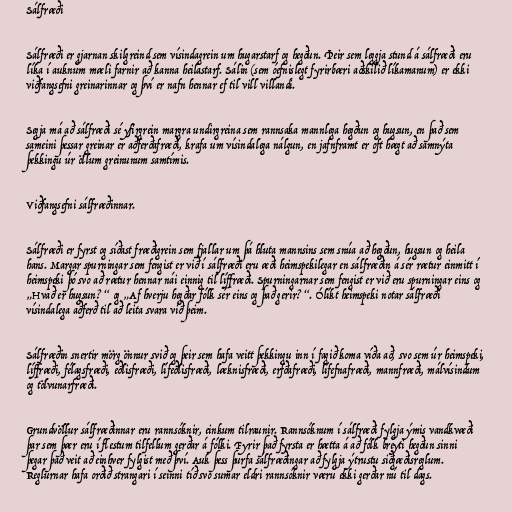
Sálfræði

Sálfræði er gjarnan skilgreind sem vísindagrein um hugarstarf og hegðun. Þeir sem leggja stund á sálfræði eru
líka í auknum mæli farnir að kanna heilastarf. Sálin (sem óefnislegt fyrirbæri aðskilið líkamanum) er ekki
viðfangsefni greinarinnar og því er nafn hennar ef til vill villandi.

Segja má að sálfræði sé yfirgrein margra undirgreina sem rannsaka mannlega hegðun og hugsun, en það sem
sameini þessar greinar er aðferðafræði, krafa um vísindalega nálgun, en jafnframt er oft hægt að samnýta
þekkingu úr öllum greinunum samtímis.

Viðfangsefni sálfræðinnar.

Sálfræði er fyrst og síðast fræðigrein sem fjallar um þá hluta mannsins sem snúa að hegðun, hugsun og heila
hans. Margar spurningar sem fengist er við í sálfræði eru æði heimspekilegar en sálfræðin á sér rætur einmitt í
heimspeki þó svo að rætur hennar nái einnig til líffræði. Spurningarnar sem fengist er við eru spurningar eins og
„Hvað er hugsun?“ og „Af hverju hegðar fólk sér eins og það gerir?“. Ólíkt heimspeki notar sálfræði
vísindalega aðferð til að leita svara við þeim.

Sálfræðin snertir mörg önnur svið og þeir sem hafa veitt þekkingu inn í fagið koma víða að, svo sem úr heimspeki,
líffræði, félagsfræði, eðlisfræði, lífeðlisfræði, læknisfræði, erfðafræði, lífefnafræði, mannfræði, málvísindum
og tölvunarfræði.

Grundvöllur sálfræðinnar eru rannsóknir, einkum tilraunir. Rannsóknum í sálfræði fylgja ýmis vandkvæði
þar sem þær eru í flestum tilfellum gerðar á fólki. Fyrir það fyrsta er hætta á að fólk breyti hegðun sinni
þegar það veit að einhver fylgist með því. Auk þess þurfa sálfræðingar að fylgja ýtrustu siðgæðisreglum.
Reglurnar hafa orðið strangari í seinni tíð svo sumar eldri rannsóknir væru ekki gerðar nú til dags.